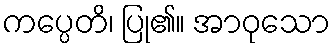
ကပ္ပေတိ၊ ပြု၏။ အာဝုသော